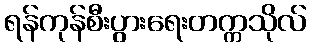
ရန်ကုန်စီးပွားရေးတက္ကသိုလ်